Report of the Indian Hemp Drugs Commission, 1894-1895 - Volume VI
Year: 1894
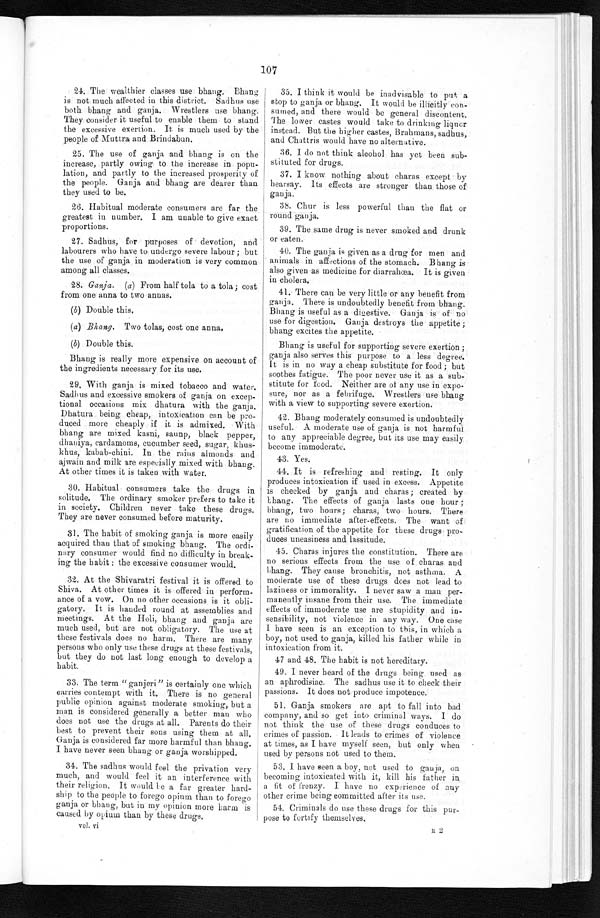
107
0
24. The wealthier classes use bhang. Bhang
is not much affected in this district. Sadhus use
both bhang and ganja. Wrestlers use bhang.
They consider it useful to enable them to stand
the excessive exertion. It, is much used by the
people of Muttra and Brindabun.
25. The use of ganja and bhang is on the
increase, partly owing to the increase in popu
- l a t i o n , a n d p a r t l y t o t h e i n c r e a s e d p r o s p e r i t y o f
the people. Ganja and bhang are dearer than
they used to be.
26. Habitual moderate consumers are far the
greatest in number. I am unable to give exact
proportions.
27. Sadhus, for purposes of devotion, and
labourers who have to undergo severe labour ; but
the use of ganja in moderation is very common
among all classes.
28. Ganja. (a) From half tola to a tola; cost
from one anna to two annas.
(b) Double this.
(a) Bhang. Two tolas, cost one anna.
(b) Double this.
Bhang is really more expensive on account of
the ingredients necessary for its use.
29, With ganja is mixed tobacco and water.
Sadhus and excessive smokers of ganja on excep
- t i o n a l o c c a s i o n s m i x d h a t u r a w i t h t h e g a n j a .
Dhatura being cheap, intoxication can be pro
- d u c e d m o r e c h e a p l y i f i t i s a d m i x e d . W i t h
bhang are mixed kasni, saunp, black pepper,
dhaniya, cardamoms, cucumber seed, sugar, khus
-khus, kabab-chini. In the rains almonds and
ajwain and milk are especially mixed with bhang.
At other times it is taken with water.
30. Habitual consumers take the drugs in
solitude. The ordinary smoker prefers to take it
in society. Children never take these drugs.
They are never consumed before maturity.
31. The habit of smoking ganja is more easily
acquired than that of smoking bhang. The ordi
-nary consumer would find no difficulty in break
- i n g t h e h a b i t : t h e e x c e s s i v e c o n s u m e r w o u l d .
32. At the Shivaratri festival it is offered to
Shiva. At other times it is offered in perform
-ance of a vow. On no other occasions is it obli
- g a t o r y . I t i s h a n d e d r o u n d a t a s s e m b l i e s a n d m e e t i n g s .
• e
At the Holi, bhang and ganja are
much used, but are not obligatory. The use at
these festivals does no harm. There are many
persons who only use these drugs at these festivals,
but they do not last long enough to develop a
habit.
33. The term "ganjeri" is certainly one which
carries contempt with it. There is no general
public opinion against moderate smoking, but a
man is considered generally a better man who
does not use the drugs at all. Parents do their
best to prevent their sons using them at all.
Ganja is considered far more harmful than bhang
. I h a v e n e v e r s e e n b h a n g o r g a n j a w o r s h i p p e d .
34. The sadhus would feel the privation very
much, and would feel it an interference with
their religion. It would be a far greater hard
- s h i p t o t h e p e o p l e t o f o r e g o o p i u m t h a n t o f o r e g o
ganja or bhang, but in my opinion more harm is
caused by opium than by these drugs.
vol. vi
35. I think it would be inadvisable to put a
stop to ganja or bhang. It would be illicitly con
-sumed, and there would be general discontent
. T h e l o w e r c a s t e s w o u l d t a k e t o d r i n k i n g l i q u o r
instead. But the higher castes, Brahmans, sadhus,
and Chattris would have no alternative.
36. I do not think alcohol has yet been sub
-stituted for drugs.
37. I know nothing about charas except by
hearsay. Its effects are stronger than those of
ganja.
38. Chur is less powerful than the fiat or
round ganja.
39. The same drug is never smoked and drunk
or eaten.
40. The ganja is given as a drug for men and
animals in affections of the stomach. B hang is
also given as medicine for diarrahœa. It is given
in cholera.
41. There can be very little or any benefit from
ganja. These is undoubtedly benefit from bhang.
Bhang is useful as a digestive. Ganja is of no
use for digestion. Ganja destroys the appetite ;
bhang excites the appetite.
Bhang is useful for supporting severe exertion ;
ganja also serves this purpose to a less degree.
It is in no way a cheap substitute for food ; but
soothes fatigue. The poor never use it as a sub
-stitute for food. Neither are of any use in expo
-sure, nor as a febrifuge. Wrestlers use bhang
with a view to supporting severe exertion.
42. Bhang moderately consumed is undoubtedly
useful. A moderate use of ganja is not harmful
to any appreciable degree, but its use may easily
become immoderate.
43. Yes.
44. It is refreshing and resting. It only
produces intoxication if used in excess. Appetite
is checked by ganja and charas; created by
bhang. The effects of ganja lasts one hour ;
bhang, two hours; charas, two hours. There
are no immediate after-effects. The want of
gratification of the appetite for these drugs pro
- d u c e s u n e a s i n e s s a n d l a s s i t u d e .
45. Charas injures the constitution. There are
no serious effects from the use of charas and
b h a n g . T h e y c a u s e b r o n c h i t i s , n o t a s t h m a . A
moderate use of these drugs does not lead to
laziness or immorality. I never saw a man per
- m a n e n t l y i n s a n e f r o m t h e i r u s e . T h e i m m e d i a t e
effects of immoderate use are stu pidity and in
- s e n s i b i l i t y , n o t v i o l e n c e i n a n y w a y . O n e c a s e
I have seen is an exception to this, in which a
boy, not used to ganja, killed his father while in
intoxication from it.
47 and 48. The habit is not hereditary.
49. I never heard of the drugs being used as
an aphrodisiac. The sadhus use it to check their
passions. It does not produce impotence.
51. Ganja smokers are apt to fall into bad
company, and so get into criminal ways. I do
not think the use of these drugs conduces to
crimes of passion. It leads to crimes of violence
at times, as I have myself seen, but only when
used by persons not used to them.
53. I have seen a boy, not used to ganja, on
becoming intoxicated with it, kill his father in
a fit of frenzy. I have no experience of any
other crime being committed after its use.
54. Criminals do use these drugs for this pur
- p o s e t o f o r t i f y t h e m s e l v e s .
a